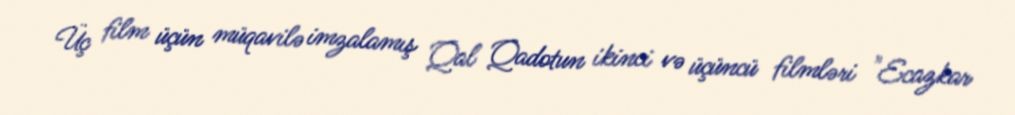
Üç film üçün müqavilə imzalamış Qal Qadotun ikinci və üçüncü filmləri "Ecazkar